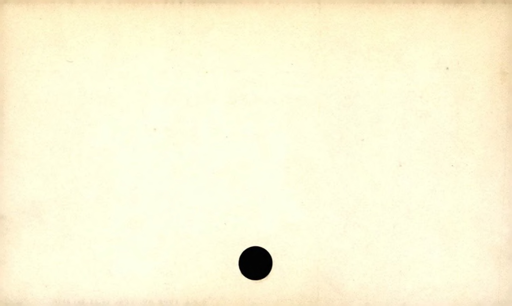
Label: blank